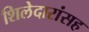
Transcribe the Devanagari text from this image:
शिलेदारांसह